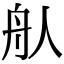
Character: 𦨈